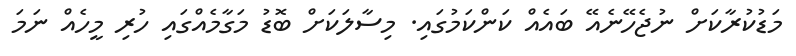
މަޑުކުރާކަށް ނުޖެހޭނެއޭ ބައެއް ކަންކަމުގައި. މިސާލަކަށް ބޮޑު މަގާމެއްގައި ހުރި މީހެއް ނަމަ